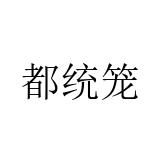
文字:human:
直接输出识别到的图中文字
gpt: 都统笼